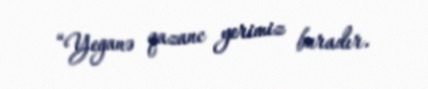
“Yeganə qazanc yerimiz buradır.